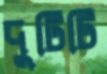
দুটিটি